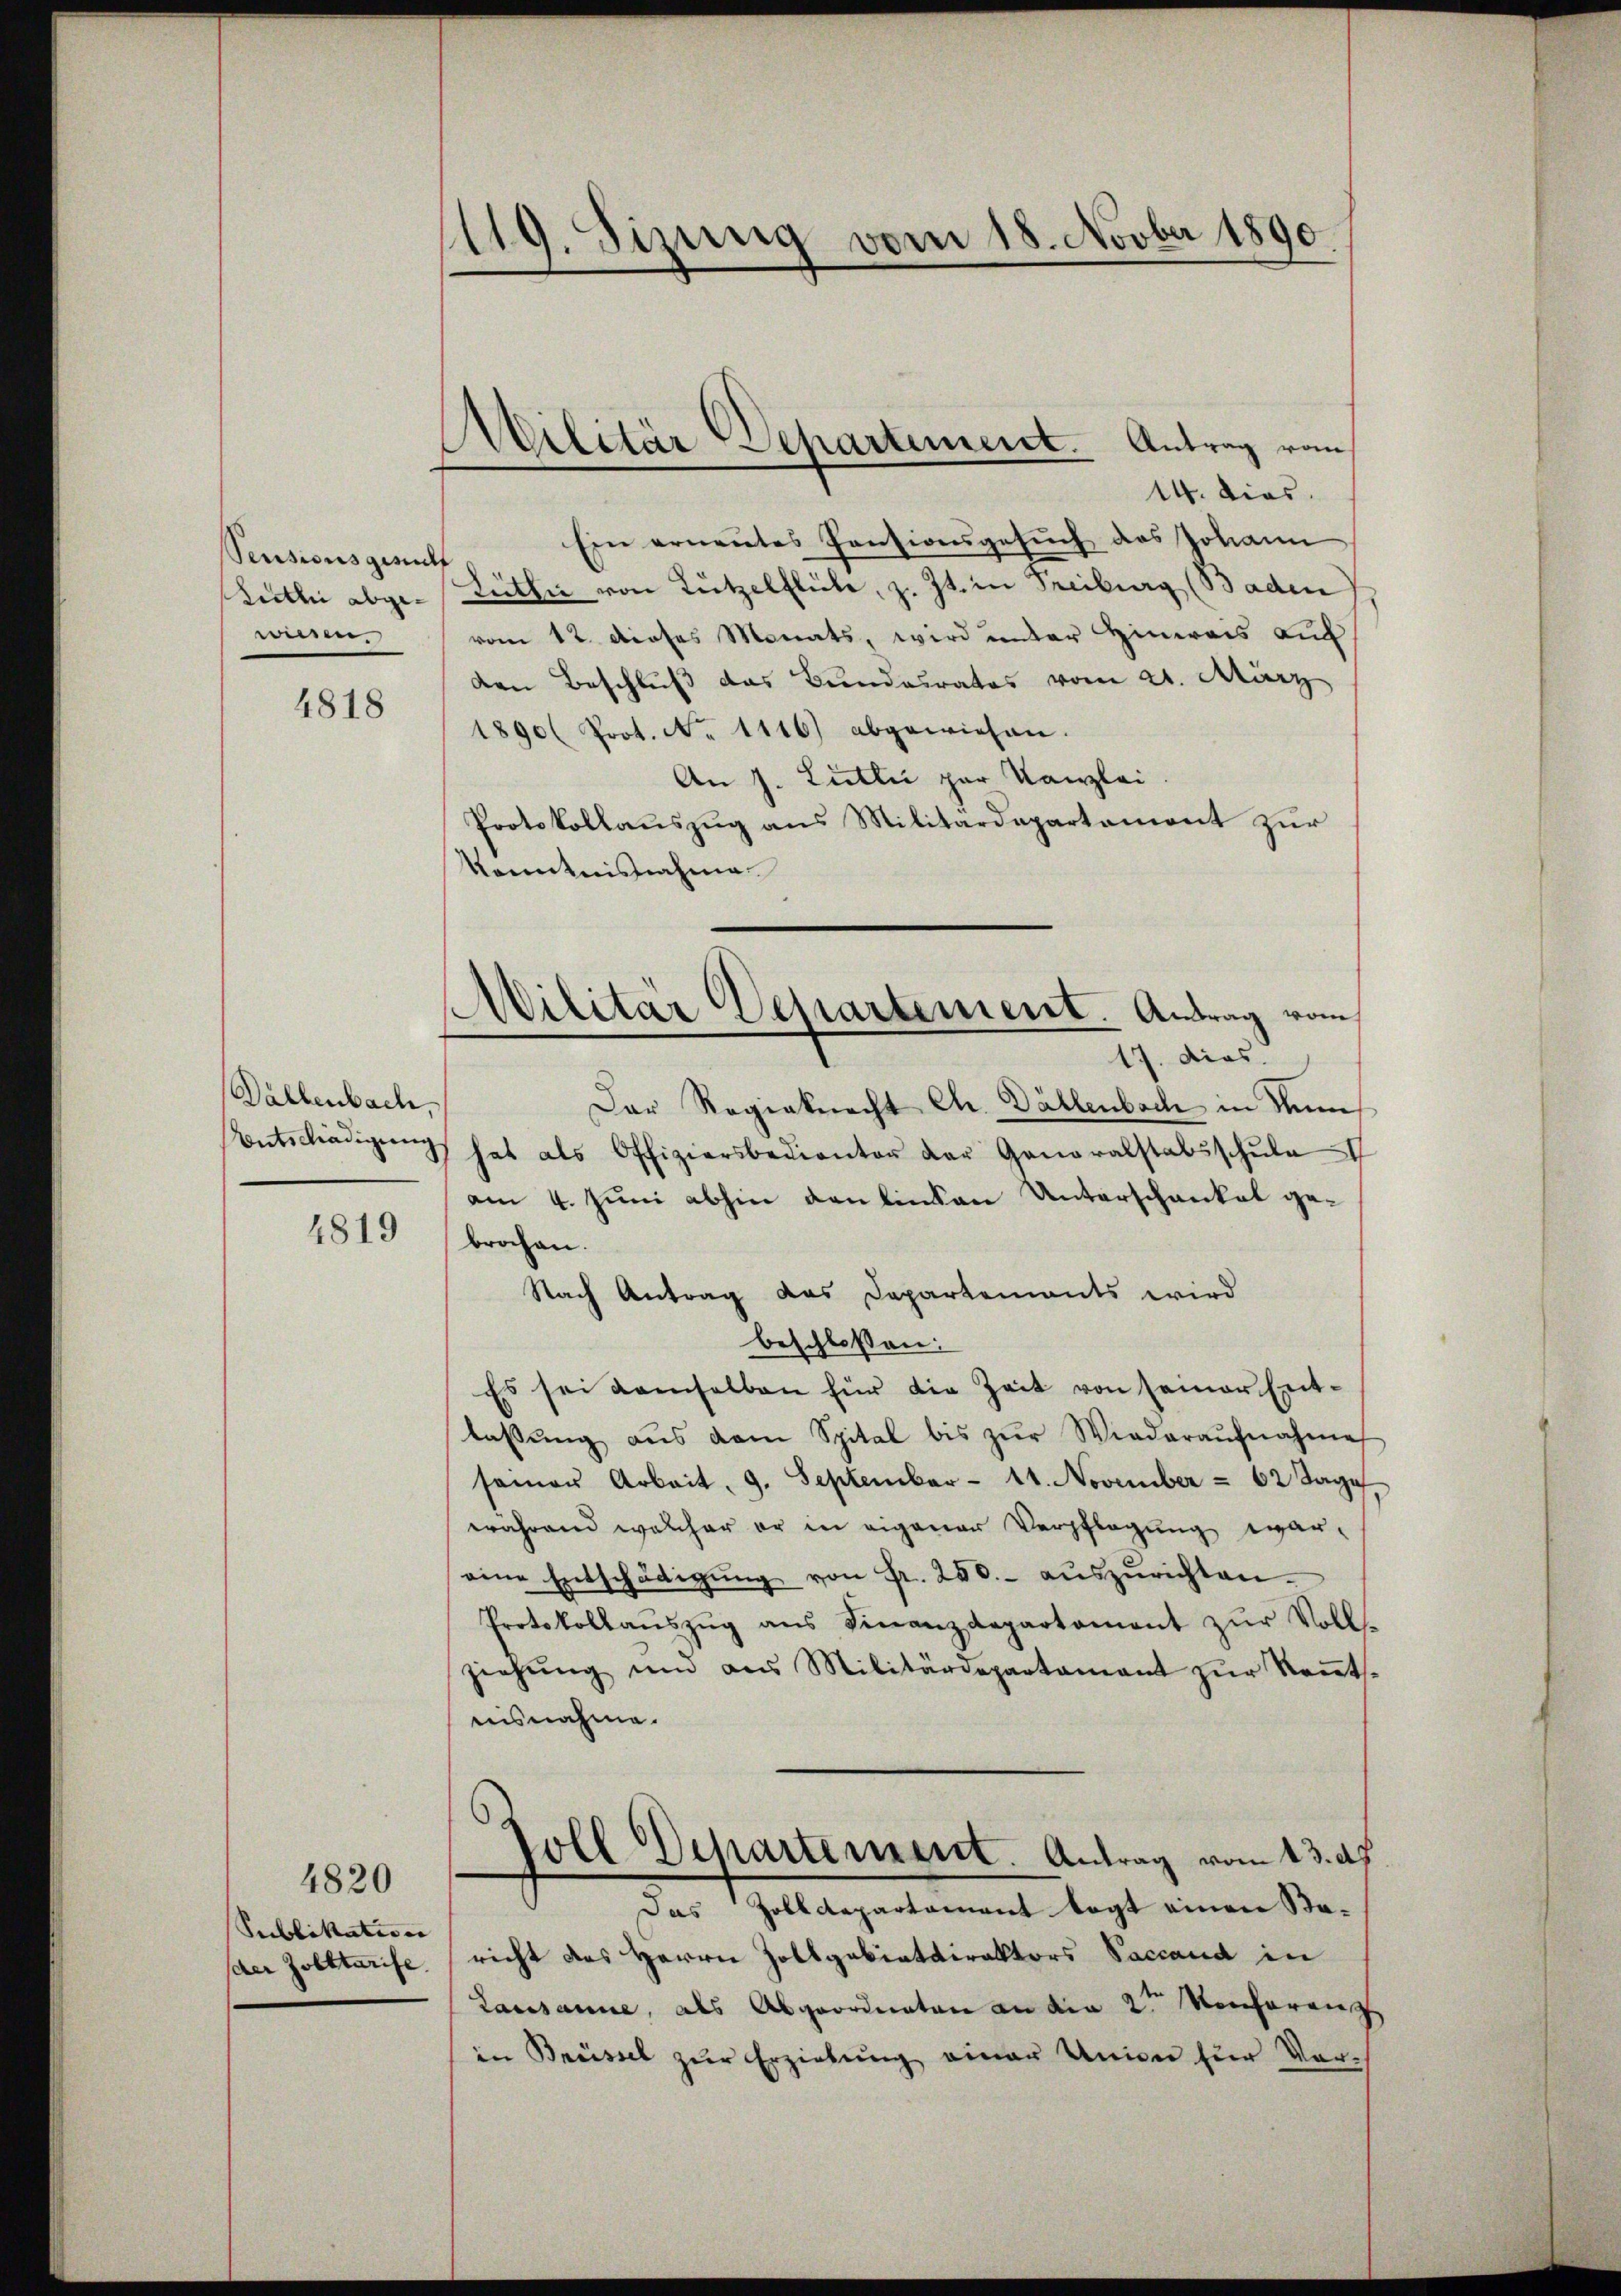
Pensionsgericht
Anthei abgewiesen.

4818

Dällenbach,
Entschädigung

4819

4820
Sublikation |
der Zolltarife.

119. Sizung vom 18. Novber 1890.

Militär-Separtement. Antrag vom

Militär Departement. Antrag vom
17. dies

14. dies
Ein ernenntes Pensionsgesuch des Johann
Lüthie von Lützelflühe, z. Zt. in Freiburg (Baden
vom 12. dieses Monats, wird unter Hinweis auf
den Beschluß das Bundesrates vom 21. März
1890 Prot. No 1116) abgewiesen.
An s. Lullić zur Kanzlei.
Protokollauszug aus Militärdepartemont zur
Kenntnisnahme
Der Regiaknecht Chr. Dällenbach in Numhat als Offiziersbedienter der Generalstabsschule III
am 4. Juni abhin den linken Unterschankel gebrochen.
Nach Antrag das Departements wird
beschlossen:
Es sei demselben für die Zeit von seiner Entlaβŭng aŭs dem Spital bis zŭr Wiederaŭfnahme
samer Arbeit, 9. September 11. November - 62 Tage
während welcher er in eigener Verpflegung erar-
eine Entschädigŭng von Fr. 250.- aŭszŭrichten.
Protokollaŭszŭg ans Finanzdepartament zŭr Voll-
ziehŭng und aus Militärdepartamant zŭr Keṅt.
ensnahme.
soll Departement Antrag vom 13. ds.
¬
Das Zolldepartament legt einen Baricht des Herrn Zollgabiatdirektors Saccand in
Lausanne, als Abgeordneten an den 2ten Konferenz
in Brüssel zur Erziehung einer Union für Vor-